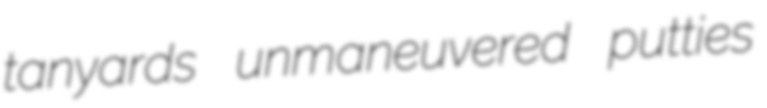
tanyards unmaneuvered putties